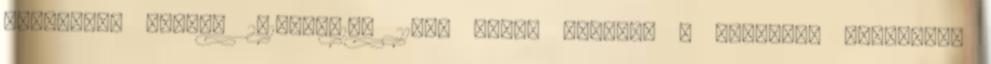
"Mellékek kiosz. 2018.08.10. 21:59 Miért érdemes a cégeknek virtuális